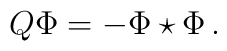
Q \Phi =  -\Phi \star \Phi\,.